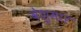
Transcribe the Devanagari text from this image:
वेशुमार